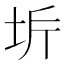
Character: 𭎋